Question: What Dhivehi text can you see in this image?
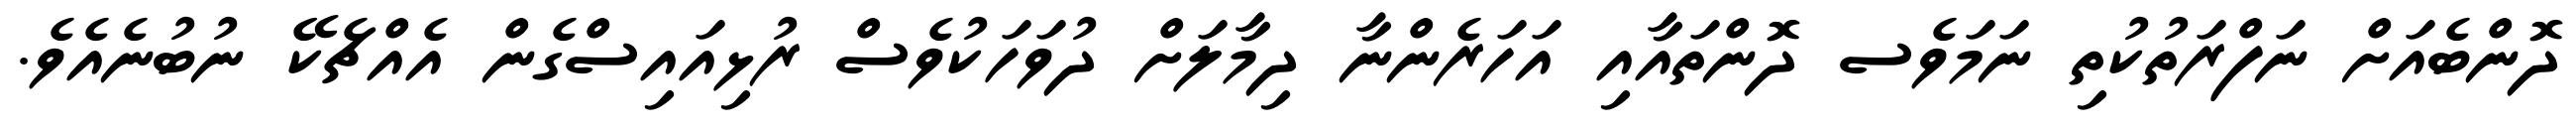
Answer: ދޮންބެއަށް ނަފްރަތުކުތި ނަމަވެސ ދޮންތައާއި އަހަރެންނާ ދިމާލަށް ދުވަހަކުވެސް ރުޅިއައިސްގެން އެއްޗެކޭ ނުބުނެއެވެ.